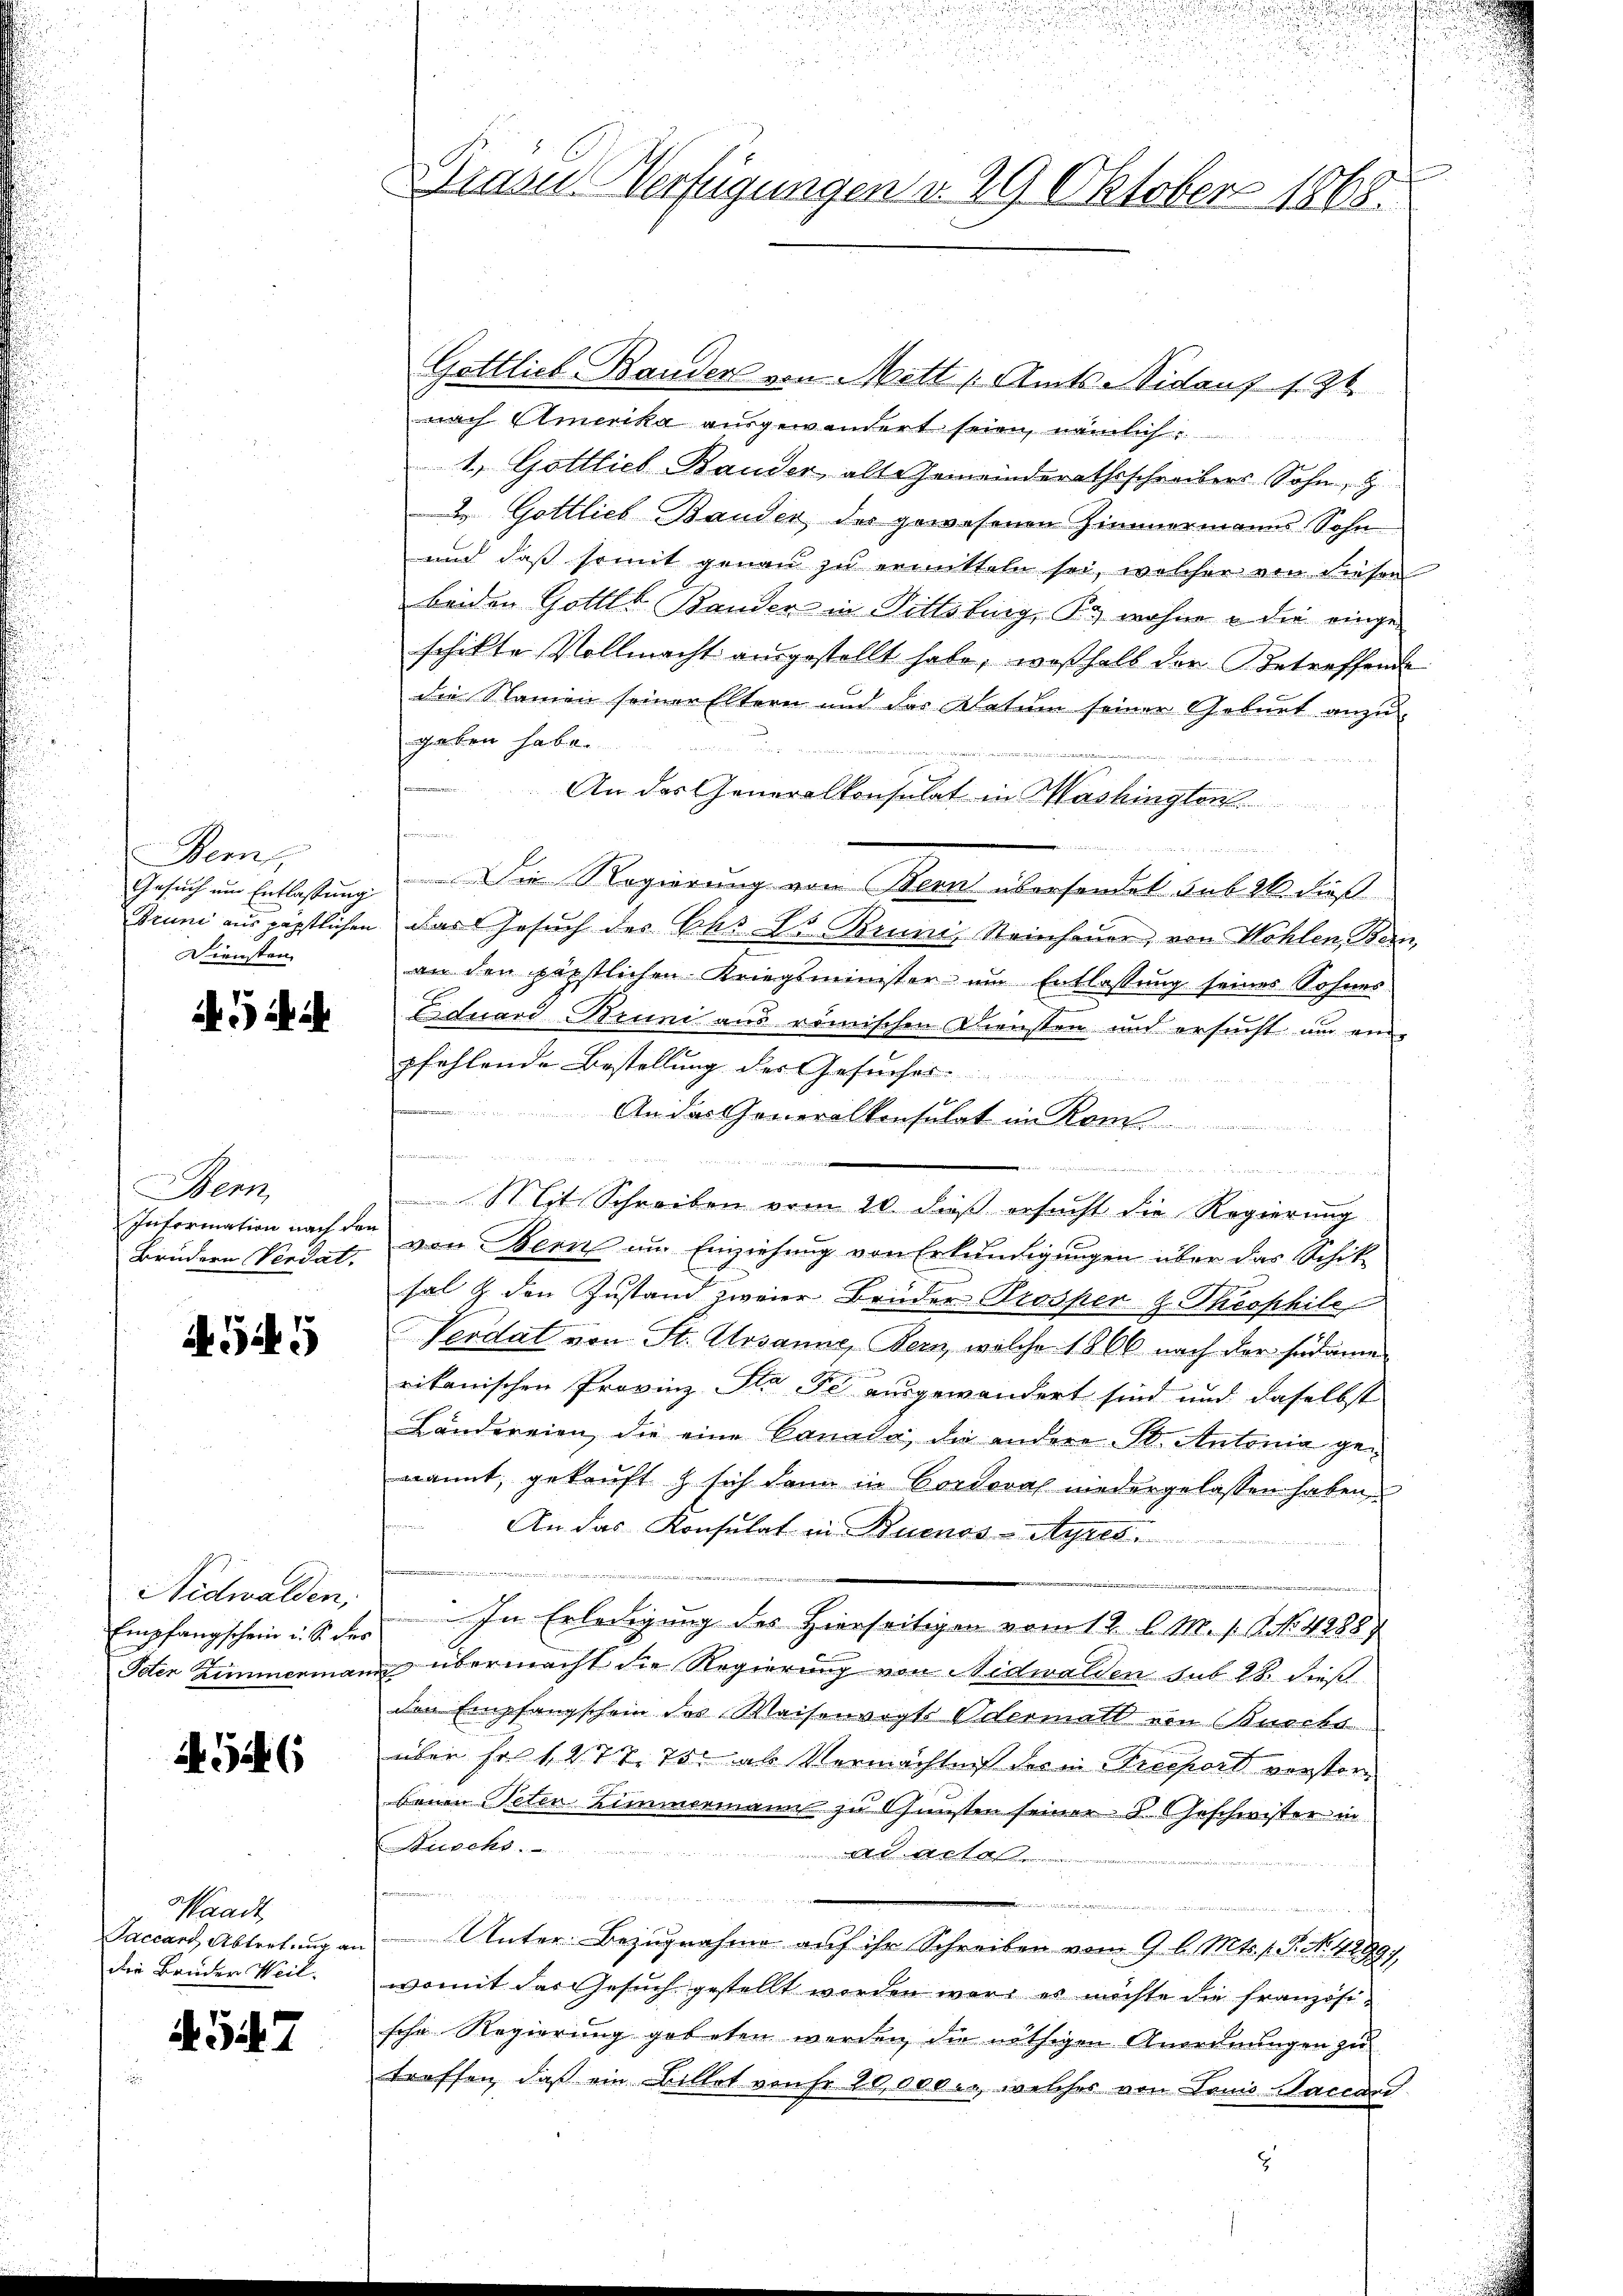
Bern,
Gesuch um Entlassung
Diensten

Aich

Bern,
Information nach den
Brüdern Verdat.

545

Nidwalden,
Empfangschein u. S. des
Peten Zimmerman

A 546

Waadt,
Paccart, Abtretung an
die Brüder Weil.

57

Dazu Verfügungen v. 29 Oktober 1868.

Gottlieb Bauder von Mett (Amts Nislauf 1. 36
nach Amerika ausgewandert seien, nämlich
 1
1. Gottlieb Bauder, allgemeinderathsschreibens Sohn, g
 Gottlieb Bauder des gewesenen Zimmermanns Sohn
und daß somit genau zu ermitteln sei, welcher von diesen
beiden Gottet Bander in Bittsburg, B. wohne e die eingeschikte Vollmacht ausgestellt habe, weßhalb der Betreffende
die Namen seiner Eltern und der Datum seiner Geburt anzu-
gaben habe.
enten einer

 Brenntni
An das Generalkonsulat in Washington
n
Die Regierung von Bern übersendet sub 28. dieß
Bruni aus päpstlichen das Gesuch des Ichs Ed. Bruni, Steinhauer, von Wohlen, Bern,
an den päpstlichen Kriegsminister um Entlassung seines Sohnes-
Eiduard Bruni aus römischen Diensten und ersucht um eine
pfehlende Bestellung der Gesuches
An das Generalkonsulat im Kom
sammen
den, wenn den die er in den werden seiner
Mit Schreiben vom 20. dieß ersucht die Regierung
von Bern im Einziehung von Erkundigungen über das Schik-
sal & den Zustand zweier Brüder Prosperg. Theophile
Verdat von St. Arsanne, Bern, welche 1866 nach der südame
rikanischen Provinz Ita Fe ausgewandert sind und daselbst
Ländereien, die eine Canada, die andere S. Antonia genannt, gekauft & sich dann in Cordova niedergelassen haben,
An das Konsulat in Buenos-Ayres.
e
In Erledigung des Hierseitigen vom 12. l. M. 1. No. 4888
un übermacht die Regierung von Nidwalden sub 28. dieß
den Empfangschein des Waisenvogts Untermatt von Burchs
über so 1277. 75. ab Vermachten des in resport vorstorbenen Peten Zimmermann zu Gunsten seiner B. Geschwister in
Drischs
ad actan
d
                                                gegen
a
Unter Bezugnahme auf ihr Schreiben von 9 l. Mts. f. P. No. 4289/
womit das Gesuch gestellt worden wäre es möchte die französische Regierung gebeten werden, die nöthigen Anordnungen zu
treffen, daß ein Billet vonfr 20,000.- welches von Louis Baccanc